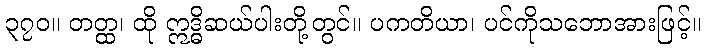
၃၇၀။ တတ္ထ၊ ထို ဣဒ္ဓိဆယ်ပါးတို့တွင်။ ပကတိယာ၊ ပင်ကိုသဘောအားဖြင့်။